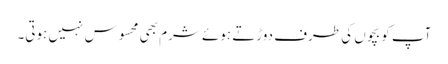
آپ کو بچوں کی طرف دوڑتے ہوئے شرم بھی محسوس نہیں ہوتی۔